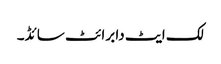
لک ایٹ دا برائٹ سائڈ۔